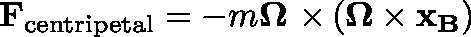
\mathbf { F } _ { \mathrm { c e n t r i p e t a l } } = - m \mathbf { \Omega \ \times } \left( \mathbf { \Omega \times x _ { B } } \right)